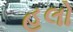
હલો